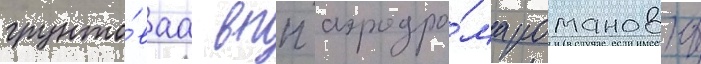
грунто́ваа впп аэродро́ма романовка